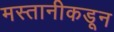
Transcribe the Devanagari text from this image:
मस्तानीकडून